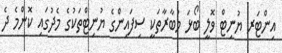
އިންޓަރ ޔުނިޓް ވޮލީ ބޯޅަ މުބާރާތަކީ ސިފައިންގެ ޔުނިޓްތަކުގެ މެދުގައި ކޮންމެ ދެ